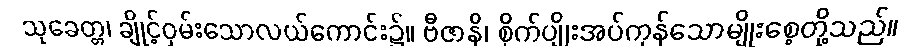
သုခေတ္တ၊ ချိုင့်ဝှမ်းသောလယ်ကောင်း၌။ ဗီဇာနိ၊ စိုက်ပျိုးအပ်ကုန်သောမျိုးစေ့တို့သည်။